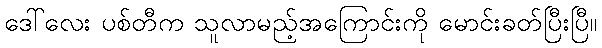
ဒေါ်လေး ပစ်တီက သူလာမည့်အကြောင်းကို မောင်းခတ်ပြီးပြီ။